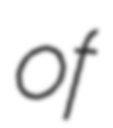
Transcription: of